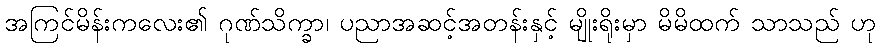
အကြင်မိန်းကလေး၏ ဂုဏ်သိက္ခာ၊ ပညာအဆင့်အတန်းနှင့် မျိုးရိုးမှာ မိမိထက် သာသည် ဟု